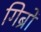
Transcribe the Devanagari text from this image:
गिब्रों